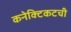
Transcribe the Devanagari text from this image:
कनेक्टिकटची